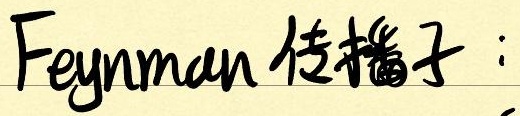
Feynman 传播子：